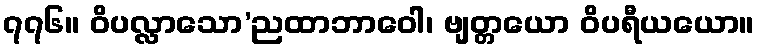
၇၇၆။ ဝိပလ္လာသော’ညထာဘာဝေါ၊ ဗျတ္တယော ဝိပရီယယော။